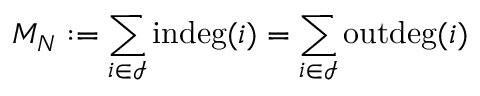
M _ { N } : = \sum _ { i \in \mathcal { I } } \operatorname { i n d e g } ( i ) = \sum _ { i \in \mathcal { I } } \operatorname { o u t d e g } ( i )